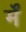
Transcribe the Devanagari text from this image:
र्में